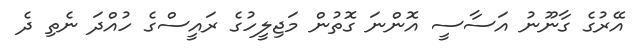
އޭރުގެ ގާނޫނު އަސާސީ އޮންނަ ގޮތުން މަޖިލީހުގެ ރައީސްގެ ހުއްދަ ނެތި ދެ